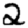
Digit: 2